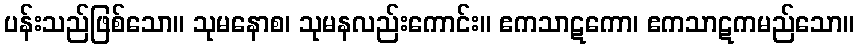
ပန်းသည်ဖြစ်သော။ သုမနောစ၊ သုမနလည်းကောင်း။ ဧကသာဋကော၊ ဧကသာဋကမည်သော။